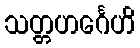
သတ္တဟင်္ဂေဟိ